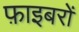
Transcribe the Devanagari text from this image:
फ़ाइबरों